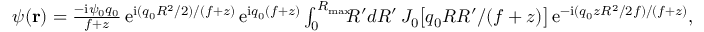
\begin{array} { r } { \psi ( { \bf r } ) = \frac { - \mathrm { i } \psi _ { 0 } q _ { 0 } } { f + z } \, \mathrm { e } ^ { \mathrm { i } ( q _ { 0 } R ^ { 2 } / 2 ) / ( f + z ) } \, \mathrm { e } ^ { \mathrm { i } q _ { 0 } ( f + z ) } \int _ { 0 } ^ { R _ { \mathrm { m a x } } } \! \! \! R ^ { \prime } d R ^ { \prime } \, J _ { 0 } \big [ q _ { 0 } R R ^ { \prime } / ( f + z ) \big ] \, \mathrm { e } ^ { - \mathrm { i } ( q _ { 0 } z R ^ { 2 } / 2 f ) / ( f + z ) } , } \end{array}